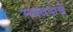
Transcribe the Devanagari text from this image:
भक्तपाले